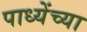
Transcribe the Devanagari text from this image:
पाध्येंच्या